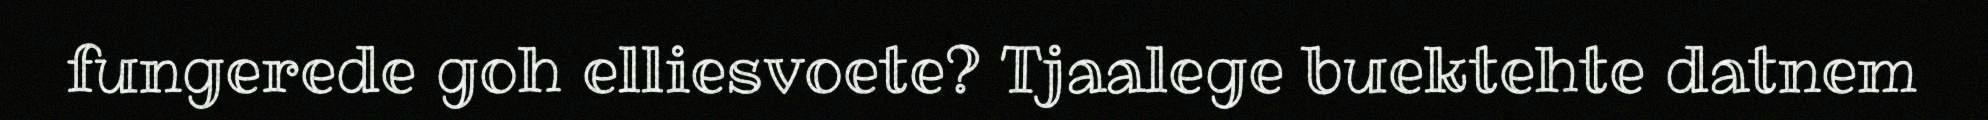
fungerede goh elliesvoete? Tjaalege buektehte datnem